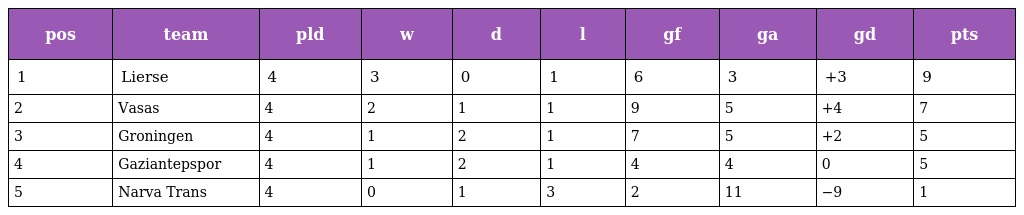
| pos | team | pld | w | d | l | gf | ga | gd | pts |
 | --- | --- | --- | --- | --- | --- | --- | --- | --- | --- |
 | 1 | Lierse | 4 | 3 | 0 | 1 | 6 | 3 | +3 | 9 |
 | 2 | Vasas | 4 | 2 | 1 | 1 | 9 | 5 | +4 | 7 |
 | 3 | Groningen | 4 | 1 | 2 | 1 | 7 | 5 | +2 | 5 |
 | 4 | Gaziantepspor | 4 | 1 | 2 | 1 | 4 | 4 | 0 | 5 |
 | 5 | Narva Trans | 4 | 0 | 1 | 3 | 2 | 11 | −9 | 1 |